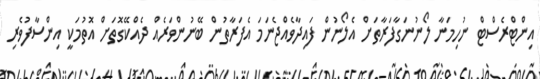
އިންޓްރެސްޓް ނުހިމަނާ ލޯނުނަގާފަރާތަށް އެލޯނުން ފައިދާވެއްޖެނަމަ އެފަރާތުން ބޭނުންވަރެއް ދެއްކޭގޮތަށް އޮތުމަކީ އިންސާފުވެރި